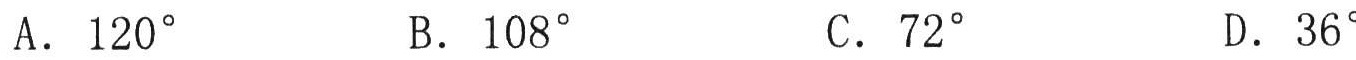
A. \(120^{\circ}\)  B. \(108^{\circ}\)  C. \(72^{\circ}\)  D. \(36^{\circ}\)